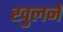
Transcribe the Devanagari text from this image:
खुलनें